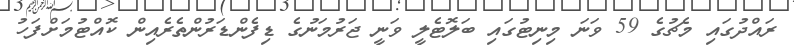
ރައްދުގައި މެޗުގެ 59 ވަނަ މިނިޓުގައި ބަލޮޓެލީ ވަނީ ޖަރުމަނުގެ ޑިފެންޑަރުންތެރެއިން ކޮއްޓުމަށްފަހު